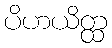
ပိဟယိတ္ထ